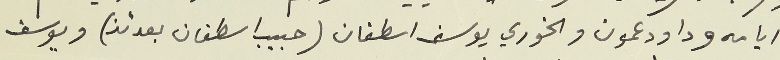
ايامه وداود عمون والخوري يوسف اسطفان (حبيب اسطفان بعدئذ) ويوسف